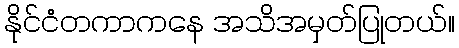
နိုင်ငံတကာကနေ အသိအမှတ်ပြုတယ်။